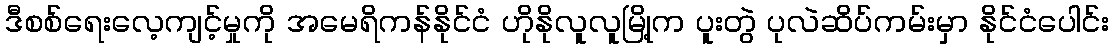
ဒီစစ်ရေးလေ့ကျင့်မှုကို အမေရိကန်နိုင်ငံ ဟိုနိုလူလူမြို့က ပူးတွဲ ပုလဲဆိပ်ကမ်းမှာ နိုင်ငံပေါင်း